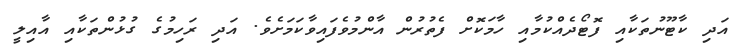
އަދި ކާޓޫނުތަކާއި ފޮޓޯދެއްކުމާއި ހާމަކޮށް ފެތުރުން އާންމުވެފައިވާކަމަށެވެ. އަދި ރަހިމުގެ ގުޅުންތަކާއި އާއިލީ